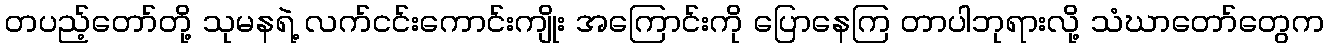
တပည့်တော်တို့ သုမနရဲ့ လက်ငင်းကောင်းကျိုး အကြောင်းကို ပြောနေကြ တာပါဘုရားလို့ သံဃာတော်တွေက